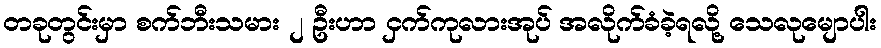
တခုတွင်းမှာ စက်ဘီးသမား ၂ ဦးဟာ ငှက်ကုလားအုပ် အလိုက်ခံခဲ့ရလို့ သေလုမျောပါး